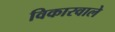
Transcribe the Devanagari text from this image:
विकारवाले